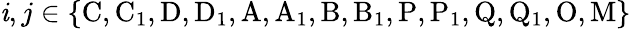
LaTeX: \mathit{i},j\in\{ \mathrm{{C,C_{1},D,D_{1},A,A_{1},B,B_{1},P,P_{1},Q,Q_{1},O,M}}\}